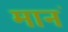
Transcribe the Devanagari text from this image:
मानं